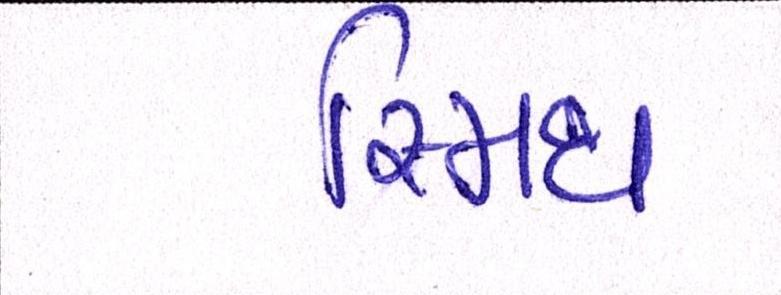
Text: સ્મિથ